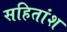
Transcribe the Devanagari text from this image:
सहितांश